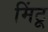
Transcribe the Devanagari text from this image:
मिंटू